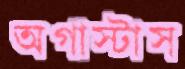
অগাস্টাস